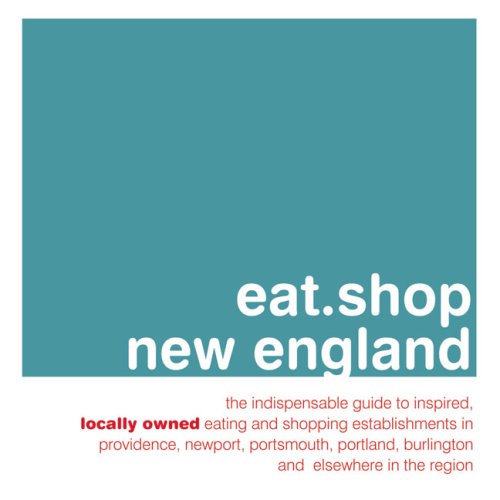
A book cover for eat.shop new england: The Indispensable Guide to Inspired, Locally Owned Eating and Shopping Establishments in Providence, Newport, Portland, ... Unique, Locally Owned Eating & Shopping); Jan Faust Dane; Travel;